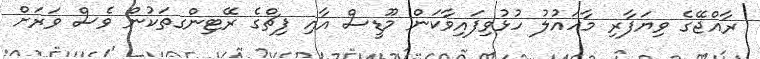
ރާއްޖޭގެ ވިޔަފާރި މާހައުލު ހުޅުވިފައިވާކަން މޫޑީސް އާއި ފިޗްގެ ރޭޓިންގތަކުން ވެސް ވަރަށް